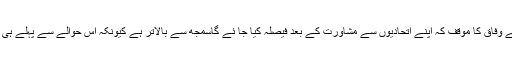
انھوں نے مرکزی حکومت کو تنقید کا نشانہ بناتے ہوئے واضح کیا کہ اس حوالے سے وفاق کا موقف کہ اپنے اتحادیوں سے مشاورت کے بعد فیصلہ کیا جا ئے گاسمجھ سے بالاتر ہے کیونکہ اس حوالے سے پہلے ہی مرکزی حکومت کی فاٹا ریفارمز کمیٹی اور قبائلی عمائدین اپنا فیصلہ دے چکے ہیں۔